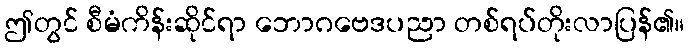
ဤတွင် စီမံကိန်းဆိုင်ရာ ဘောဂဗေဒပညာ တစ်ရပ်တိုးလာပြန်၏။